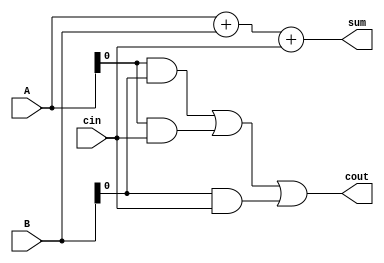
module carry_lookahead_adder (
    input [3:0] A,
    input [3:0] B,
    input cin,
    output [3:0] sum,
    output cout
);

assign sum = A + B + cin;

assign cout = (A[0] & B[0]) | (A[0] & cin) | (B[0] & cin);

endmodule